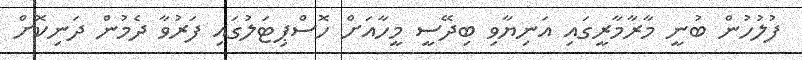
ފުލުހުން ބުނީ މާރާމާރީގައި އަނިޔާވި ބިދޭސީ މީހާއަށް ހޮސްޕިޓަލުގައި ފަރުވާ ދެމުން ދަނިކޮށް